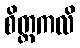
စိတ္တကလိ